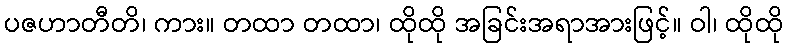
ပဇဟာတီတိ၊ ကား။ တထာ တထာ၊ ထိုထို အခြင်းအရာအားဖြင့်။ ဝါ၊ ထိုထို